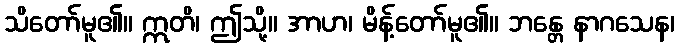
သိတော်မူ၏။ ဣတိ၊ ဤသို့။ အာဟ၊ မိန့်တော်မူ၏။ ဘန္တေ နာဂသေန၊